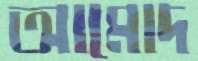
আমোদ